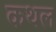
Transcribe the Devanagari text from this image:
कथल